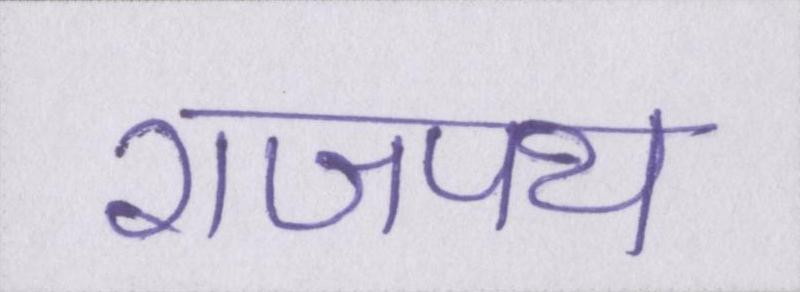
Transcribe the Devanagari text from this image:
राजपथ